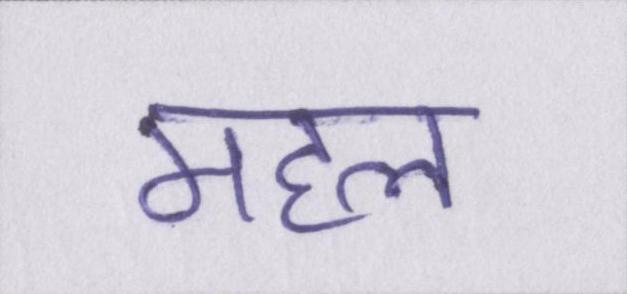
महल